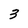
Character: 3